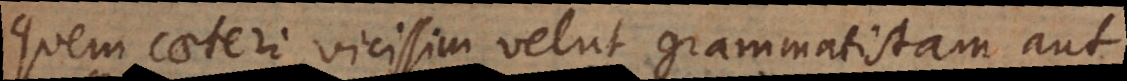
quem caeteri vicissim velut grammatistam aut